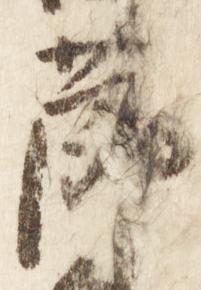
節